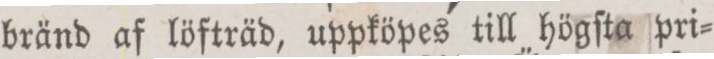
bränd af löfträd, uppköpes till högſta pri=